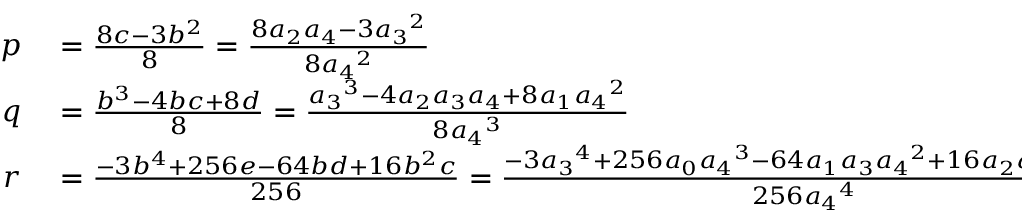
\begin{array} { r l } { p } & { { } = { \frac { 8 c - 3 b ^ { 2 } } { 8 } } = { \frac { 8 a _ { 2 } a _ { 4 } - 3 { a _ { 3 } } ^ { 2 } } { 8 { a _ { 4 } } ^ { 2 } } } } \\ { q } & { { } = { \frac { b ^ { 3 } - 4 b c + 8 d } { 8 } } = { \frac { { a _ { 3 } } ^ { 3 } - 4 a _ { 2 } a _ { 3 } a _ { 4 } + 8 a _ { 1 } { a _ { 4 } } ^ { 2 } } { 8 { a _ { 4 } } ^ { 3 } } } } \\ { r } & { { } = { \frac { - 3 b ^ { 4 } + 2 5 6 e - 6 4 b d + 1 6 b ^ { 2 } c } { 2 5 6 } } = { \frac { - 3 { a _ { 3 } } ^ { 4 } + 2 5 6 a _ { 0 } { a _ { 4 } } ^ { 3 } - 6 4 a _ { 1 } a _ { 3 } { a _ { 4 } } ^ { 2 } + 1 6 a _ { 2 } { a _ { 3 } } ^ { 2 } a _ { 4 } } { 2 5 6 { a _ { 4 } } ^ { 4 } } } . } \end{array}